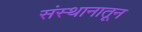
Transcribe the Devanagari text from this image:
संस्थानातून